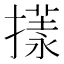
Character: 𢵇